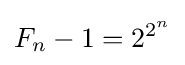
F_{n}-1=2^{2^{n}}